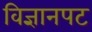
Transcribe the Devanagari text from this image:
विज्ञानपट